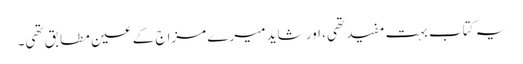
یہ کتاب بہت مفید تھی، اور شاید میرے مزاج کے عین مطابق تھی۔